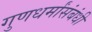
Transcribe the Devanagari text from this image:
गुणधर्मांसंबंधी